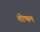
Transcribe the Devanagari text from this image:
तोषल